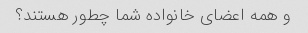
و همه اعضای خانواده شما چطور هستند؟